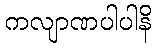
ကလျာဏပါပါနိ